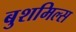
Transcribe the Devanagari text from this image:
बुशमिल्स